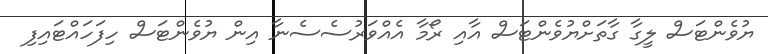
ޔުވެންޓަސް ލީގާ ގާތަށްޔުވެންޓަސް އާއި ރޯމާ އެއްވަރުސެސެނާ އިން ޔުވެންޓަސް ހިފަހައްޓައިފި